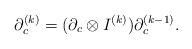
LaTeX: \begin{align*} \partial_c^{(k)}=(\partial_c\otimes I^{(k)})\partial_c^{(k-1)}.\end{align*}